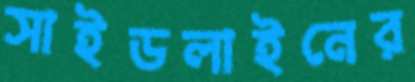
সাইডলাইনের